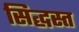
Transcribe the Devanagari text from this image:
सिद्धस्त